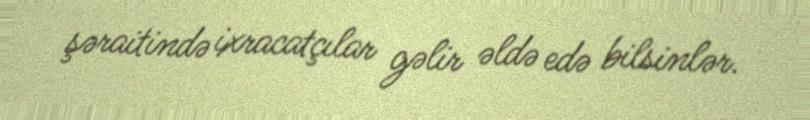
şəraitində ixracatçılar gəlir əldə edə bilsinlər.